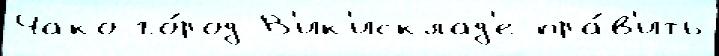
Чако го́род В'ик'исклад'е пра́в'ить